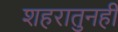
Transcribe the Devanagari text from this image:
शहरातुनही